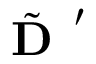
\tilde { \textbf { D } } ^ { \prime }